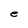
Character: e